Problem: 18 + 15 = ?
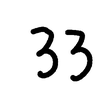
Handwritten answer: 33